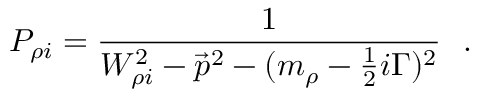
P _ { \rho i } = { \frac { 1 } { W _ { \rho i } ^ { 2 } - { \vec { p } } ^ { 2 } - ( m _ { \rho } - { \frac { 1 } { 2 } } i \Gamma ) ^ { 2 } } } ~ ~ .